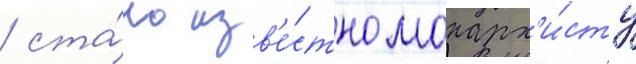
/ ста́ло изв'е́стно монарх'и́сту